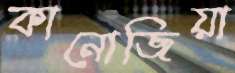
কানোজিয়া